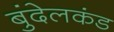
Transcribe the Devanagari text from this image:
बुंदेलकंड